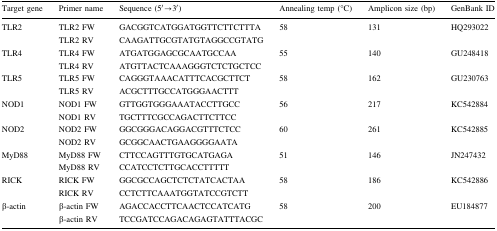
<table><thead><tr><td><b>Target gene</b></td><td><b>Primer name</b></td><td><b>Sequence (5′→3′)</b></td><td><b>Annealing temp (°C)</b></td><td><b>Amplicon size (bp)</b></td><td><b>GenBank ID</b></td></tr></thead><tbody><tr><td rowspan="2">TLR2</td><td>TLR2 FW</td><td>GACGGTCATGGATGGTTCTTCTTTA</td><td rowspan="2">58</td><td rowspan="2">131</td><td rowspan="2">HQ293022</td></tr><tr><td>TLR2 RV</td><td>CAAGATTGCGTATGTAGGCCGTATG</td></tr><tr><td rowspan="2">TLR4</td><td>TLR4 FW</td><td>ATGATGGAGCGCAATGCCAA</td><td rowspan="2">55</td><td rowspan="2">140</td><td rowspan="2">GU248418</td></tr><tr><td>TLR4 RV</td><td>ATGTTACTCAAAGGGTCTCTGCTCC</td></tr><tr><td rowspan="2">TLR5</td><td>TLR5 FW</td><td>CAGGGTAAACATTTCACGCTTCT</td><td rowspan="2">58</td><td rowspan="2">162</td><td rowspan="2">GU230763</td></tr><tr><td>TLR5 RV</td><td>ACGCTTTGCCATGGGAACTTT</td></tr><tr><td rowspan="2">NOD1</td><td>NOD1 FW</td><td>GTTGGTGGGAAATACCTTGCC</td><td rowspan="2">56</td><td rowspan="2">217</td><td rowspan="2">KC542884</td></tr><tr><td>NOD1 RV</td><td>TGCTTTCGCCAGACTTCTTCC</td></tr><tr><td rowspan="2">NOD2</td><td>NOD2 FW</td><td>GGCGGGACAGGACGTTTCTCC</td><td rowspan="2">60</td><td rowspan="2">261</td><td rowspan="2">KC542885</td></tr><tr><td>NOD2 RV</td><td>GCGGCAACTGAAGGGGAATA</td></tr><tr><td rowspan="2">MyD88</td><td>MyD88 FW</td><td>CTTCCAGTTTGTGCATGAGA</td><td rowspan="2">51</td><td rowspan="2">146</td><td rowspan="2">JN247432</td></tr><tr><td>MyD88 RV</td><td>CCATCCTCTTGCACCTTTTT</td></tr><tr><td rowspan="2">RICK</td><td>RICK FW</td><td>GGCGCCAGCTCTCTATCACTAA</td><td rowspan="2">58</td><td rowspan="2">186</td><td rowspan="2">KC542886</td></tr><tr><td>RICK RV</td><td>CCTCTTCAAATGGTATCCGTCTT</td></tr><tr><td rowspan="2">β-actin</td><td>β-actin FW</td><td>AGACCACCTTCAACTCCATCATG</td><td rowspan="2">58</td><td rowspan="2">200</td><td rowspan="2">EU184877</td></tr><tr><td>β-actin RV</td><td>TCCGATCCAGACAGAGTATTTACGC</td></tr></tbody></table>